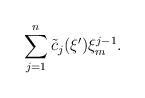
LaTeX: \begin{align*}\sum\limits_{j=1}^{n}\tilde c_j(\xi')\xi_m^{j-1}.\end{align*}